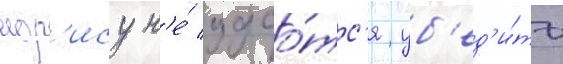
мор'ису н'е́ удао́тс'я уб'ед'и́ть